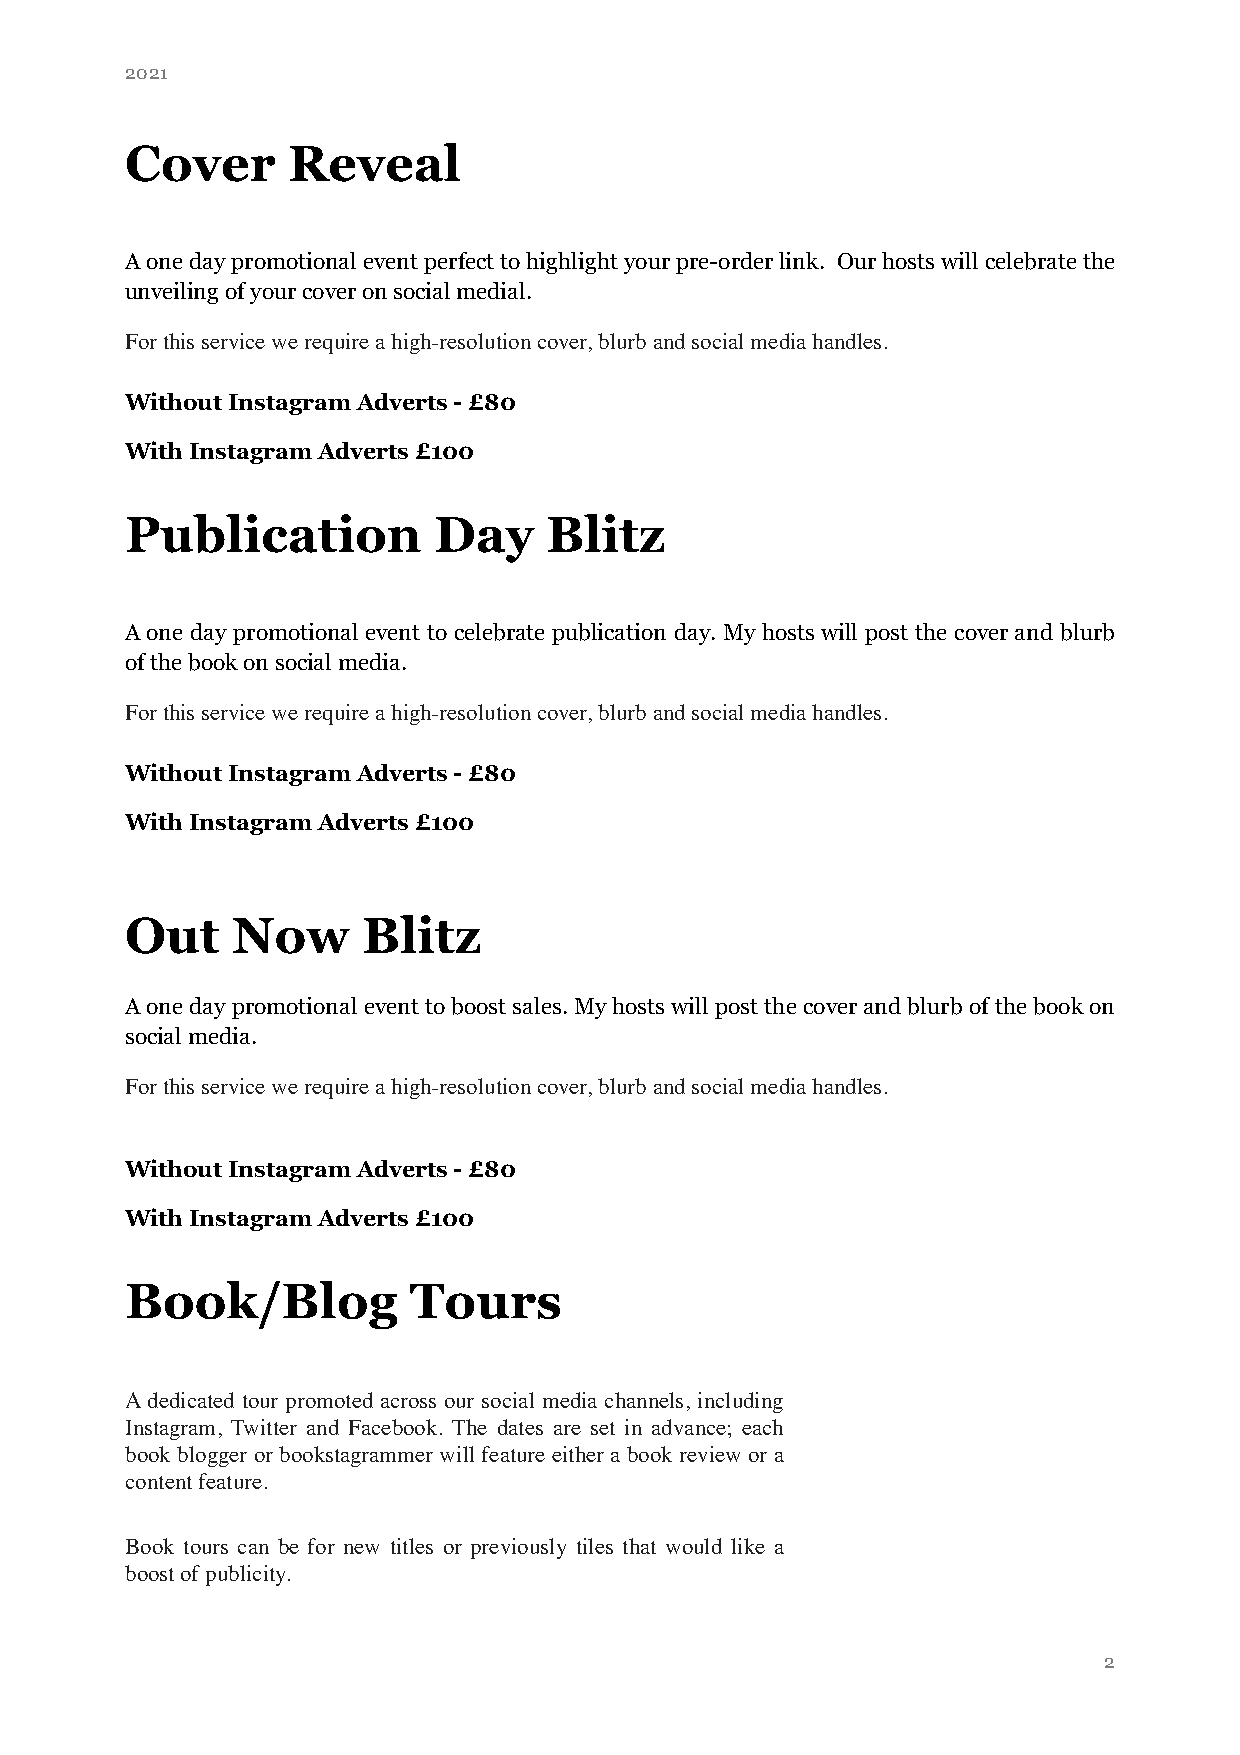
2021
 Cover      Reveal
 A one day promotional event perfect to highlight your pre-order link. Our hosts will celebrate the
 unveiling of your cover on social medial.
 For this service we require a high-resolution cover, blurb and social media handles.
 Without Instagram Adverts - £80
 With Instagram Adverts £100
 Publication          Day    Blitz
 A one day promotional event to celebrate publication day. My hosts will post the cover and blurb
 of the book on social media.
 For this service we require a high-resolution cover, blurb and social media handles.
 Without Instagram Adverts - £80
 With Instagram Adverts £100
 Out    Now      Blitz
 A one day promotional event to boost sales. My hosts will post the cover and blurb of the book on
 social media.
 For this service we require a high-resolution cover, blurb and social media handles.
 Without Instagram Adverts - £80
 With Instagram Adverts £100
 Book/Blog          Tours
 A dedicated tour promoted across our social media channels, including
 Instagram
 Instagram, Twitter and Facebook. The dates are set in advance; each
 book blogger or bookstagrammer will feature either a book review or a Twitter
 content feature.
 Website
 Book tours can be for new titles or previously tiles that would like a
 boost of publicity.
 2